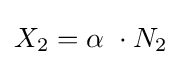
X_{2}=\alpha \ \cdot N_{2}